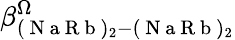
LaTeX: \beta_{(\mathrm{~N~a~R~b~})_{2}-(\mathrm{~N~a~R~b~})_{2}}^{\Omega}